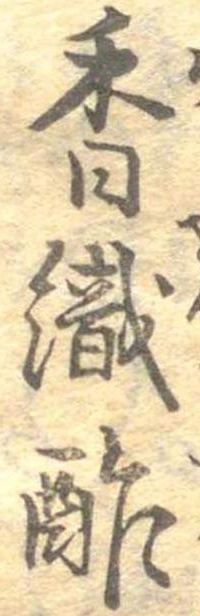
香織酢